Civil Veterinary Dept. Bombay admin report 1900-1906 - 1900-1906
Year: 1900
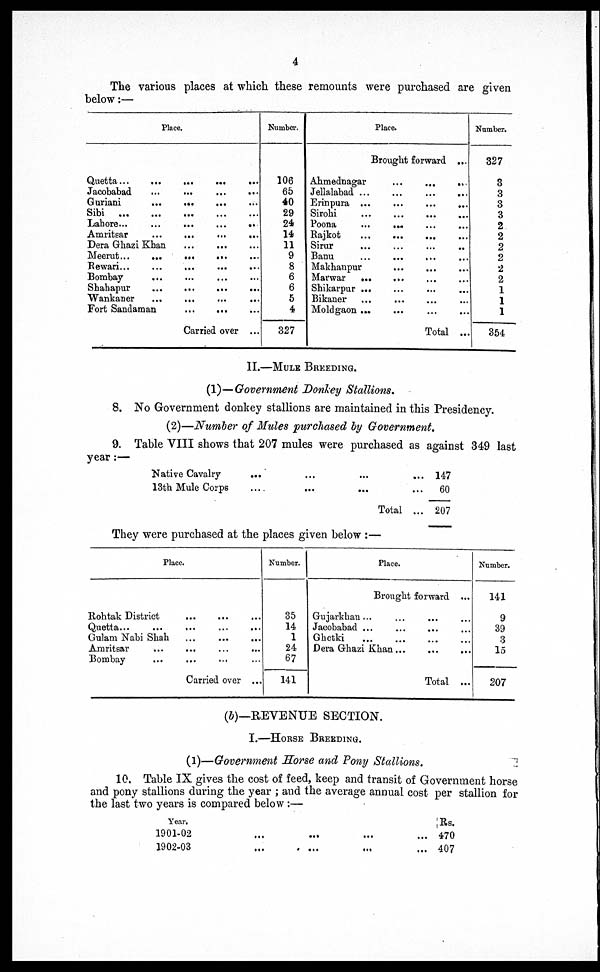
4
The various places at which these remounts were purchased are given
below:—
Place.
Quetta...
...
...
....
...
Jacobabad ... ... ... ...
Guriani
...
...
...
...
Sibi
...
...
...
...
...
Lahore...
...
...
...
...
Amritsar
...
...
...
...
Dera Ghazi Khan ... ... ...
Meerut...
...
...
...
Rewari... ... ... ... ...
Bombay
Shahapur
...
...
...
...
Wankaner ... ... ... ...
Fort Sandaman
...
... ...
Carried over ...
Number.
106
65
40
29
24
14
11
9
8
6
6
5
4
327
Place.
Brought forward ...
Ahmednagar
...
...
...
Jellalabad ... ... ... ...
Erinpura ...
...
...
...
Sirohi
...
...
...
...
Poona
... ... ... ...
Rajkot
...
...
... ...
Sirur ... ... ... ...
Banu ... ... ... ...
Makhanpur ... ... ... ...
Marwar
...
... ... ...
Shikarpur ... ... ... ...
Bikaner ... ... ... ...
Moldgaon
...
...
...
...
Total ...
Number.
327
3
3
3
3
2
2
2
2
2
2
1
1
1
354
II.—MULE BREEDING.
(1)—Government Donkey Stallions.
8. No Government donkey stallions are maintained in this Presidency.
(2)—Number of Mules purchased by Government.
9. Table VIII shows that 207 mules were purchased as against 349 last
year:—
Native Cavalry
...
...
...
13th Mule Corps
....
...
...
Total
147
60
207
They were purchased at the places given below:—
Place.
Rohtak District ... ... ...
Quetta...
...
... ... ...
Gulam Nabi Shah
...
...
...
Amritsar ... ... ... ...
Bombay ... ... ... ...
Carried over ...
Number.
35
14
1
24
67
141
Place.
Brought forward ...
Gujarkhan... ... ... ...
Jacobabad ... ... ... ...
Ghetki
...
...
...
...
Dera Ghazi
Khan...
...
...
Total ...
Number.
141
9
39
3
15
207
(b)—REVENUE SECTION.
I.—HORSE BREEDING.
(1)—Government Horse and Pony Stallions.
10. Table IX gives the cost of feed, keep and transit of Government horse
and pony stallions during the year; and the average annual cost per stallion for
the last two years is compared below:—
Year.
1901-02
...
...
...
1902-03...
......
Rs.
470
407